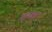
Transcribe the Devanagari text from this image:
महका